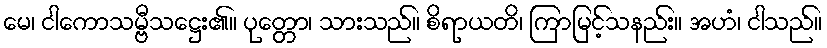
မေ၊ ငါကောသမ္ဗီသဋ္ဌေး၏။ ပုတ္တော၊ သားသည်။ စိရာယတိ၊ ကြာမြင့်သနည်း။ အဟံ၊ ငါသည်။